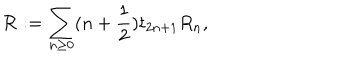
{ \cal R } : = \sum _ { n \geq 0 } ( n + \frac { 1 } { 2 } ) t _ { 2 n + 1 } R _ { n } ,